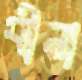
বীনা